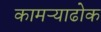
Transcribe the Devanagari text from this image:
कामऱ्याढोक